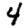
Digit: 4